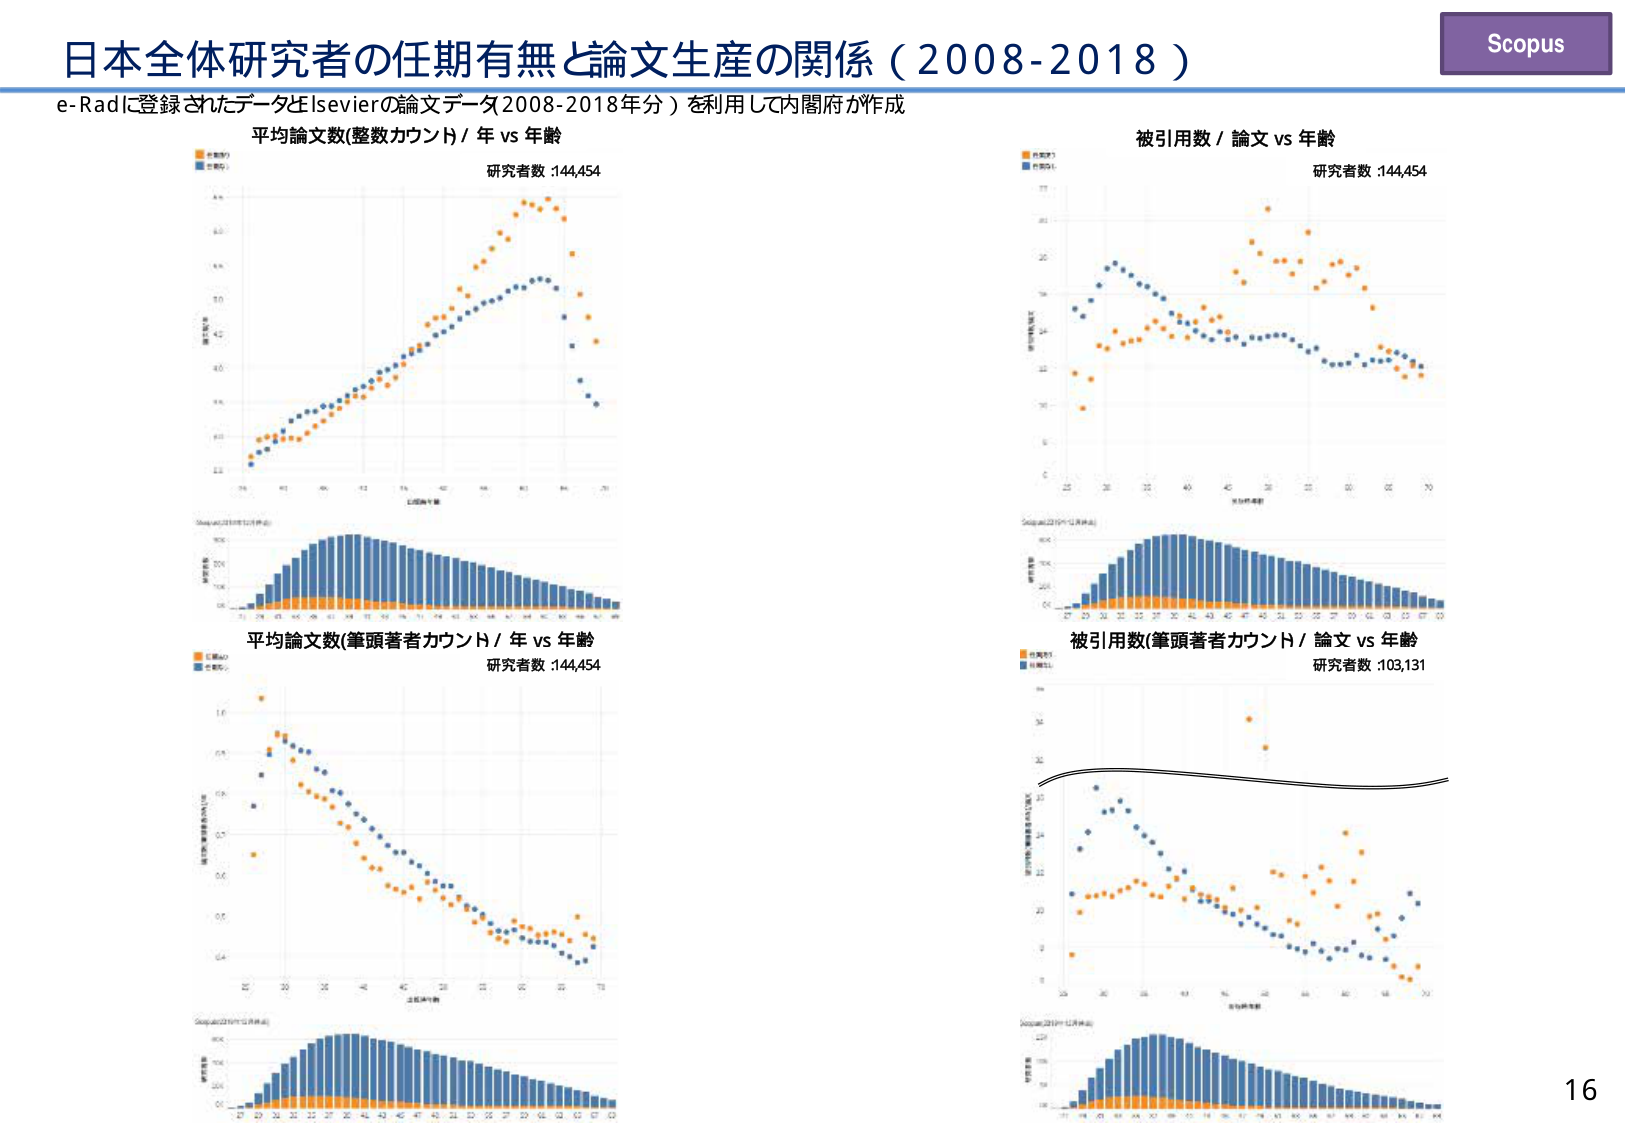
日本全体研究者の任期有無と論文生産の関係（2008-2018）
e-Radに登録されたデータとElsevierの論文データ2008-2018年分）を利用して内閣府が作成
Scopus
平均論文数(整数カウント) / 年 vs 年齢
研究者数 :144,454
被引用数 / 論文 vs 年齢
研究者数 :144,454
平均論文数(筆頭著者カウント) / 年 vs 年齢
研究者数 :144,454
被引用数(筆頭著者カウント) / 論文 vs 年齢
研究者数 :103,131
16